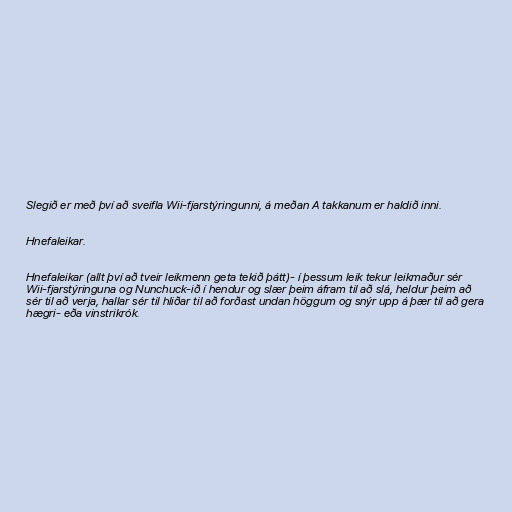
Slegið er með því að sveifla Wii-fjarstýringunni, á meðan A takkanum er haldið inni.

Hnefaleikar.

Hnefaleikar (allt því að tveir leikmenn geta tekið þátt)- í þessum leik tekur leikmaður sér
Wii-fjarstýringuna og Nunchuck-ið í hendur og slær þeim áfram til að slá, heldur þeim að
sér til að verja, hallar sér til hliðar til að forðast undan höggum og snýr upp á þær til að gera
hægri- eða vinstrikrók.